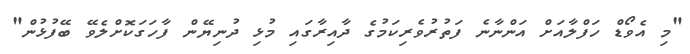
"މި އެވޯޑް ހަފްލާއަށް އަންނާނެ ފަތުރުވެރިކަމުގެ ދާއިރާގައި މުޅި ދުނިޔޭން ފާހަގަކޮށްލެވޭ ބޭފުޅުން"